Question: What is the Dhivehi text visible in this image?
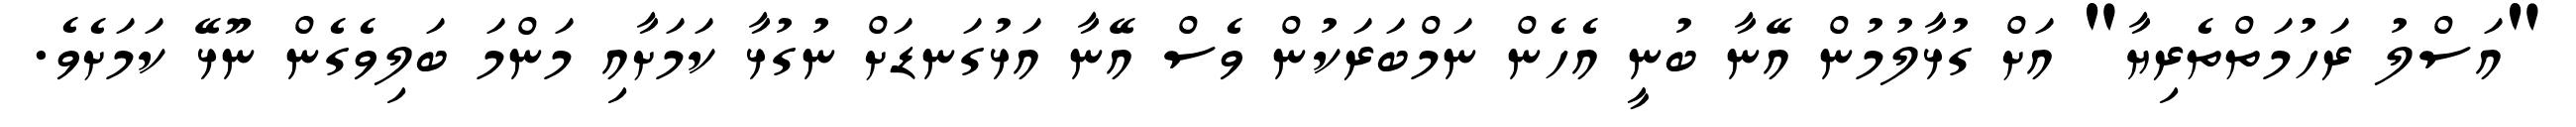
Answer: "އަސްލު ރަހުމަތްތެރިޔާ" އަށް ގުޅާލުމުން އޭނާ ބުނީ އެހެން ނަމްބަރަކުން ވެސް އޭނާ އަޅުގަނޑަށް ނުގުޅާ ކަމަށާއި މަންމަ ބަލިވެގެން ނޫޅޭ ކަމަށެވެ.